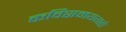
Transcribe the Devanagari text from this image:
कविसमयगते